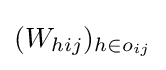
(W_{hij})_{h\in o_{ij}}